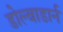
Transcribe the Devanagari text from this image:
डोल्बाडार्न